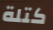
كتلة